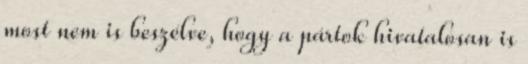
most nem is beszélve, hogy a pártok hivatalosan is